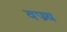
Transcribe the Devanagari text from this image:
वज्र्य